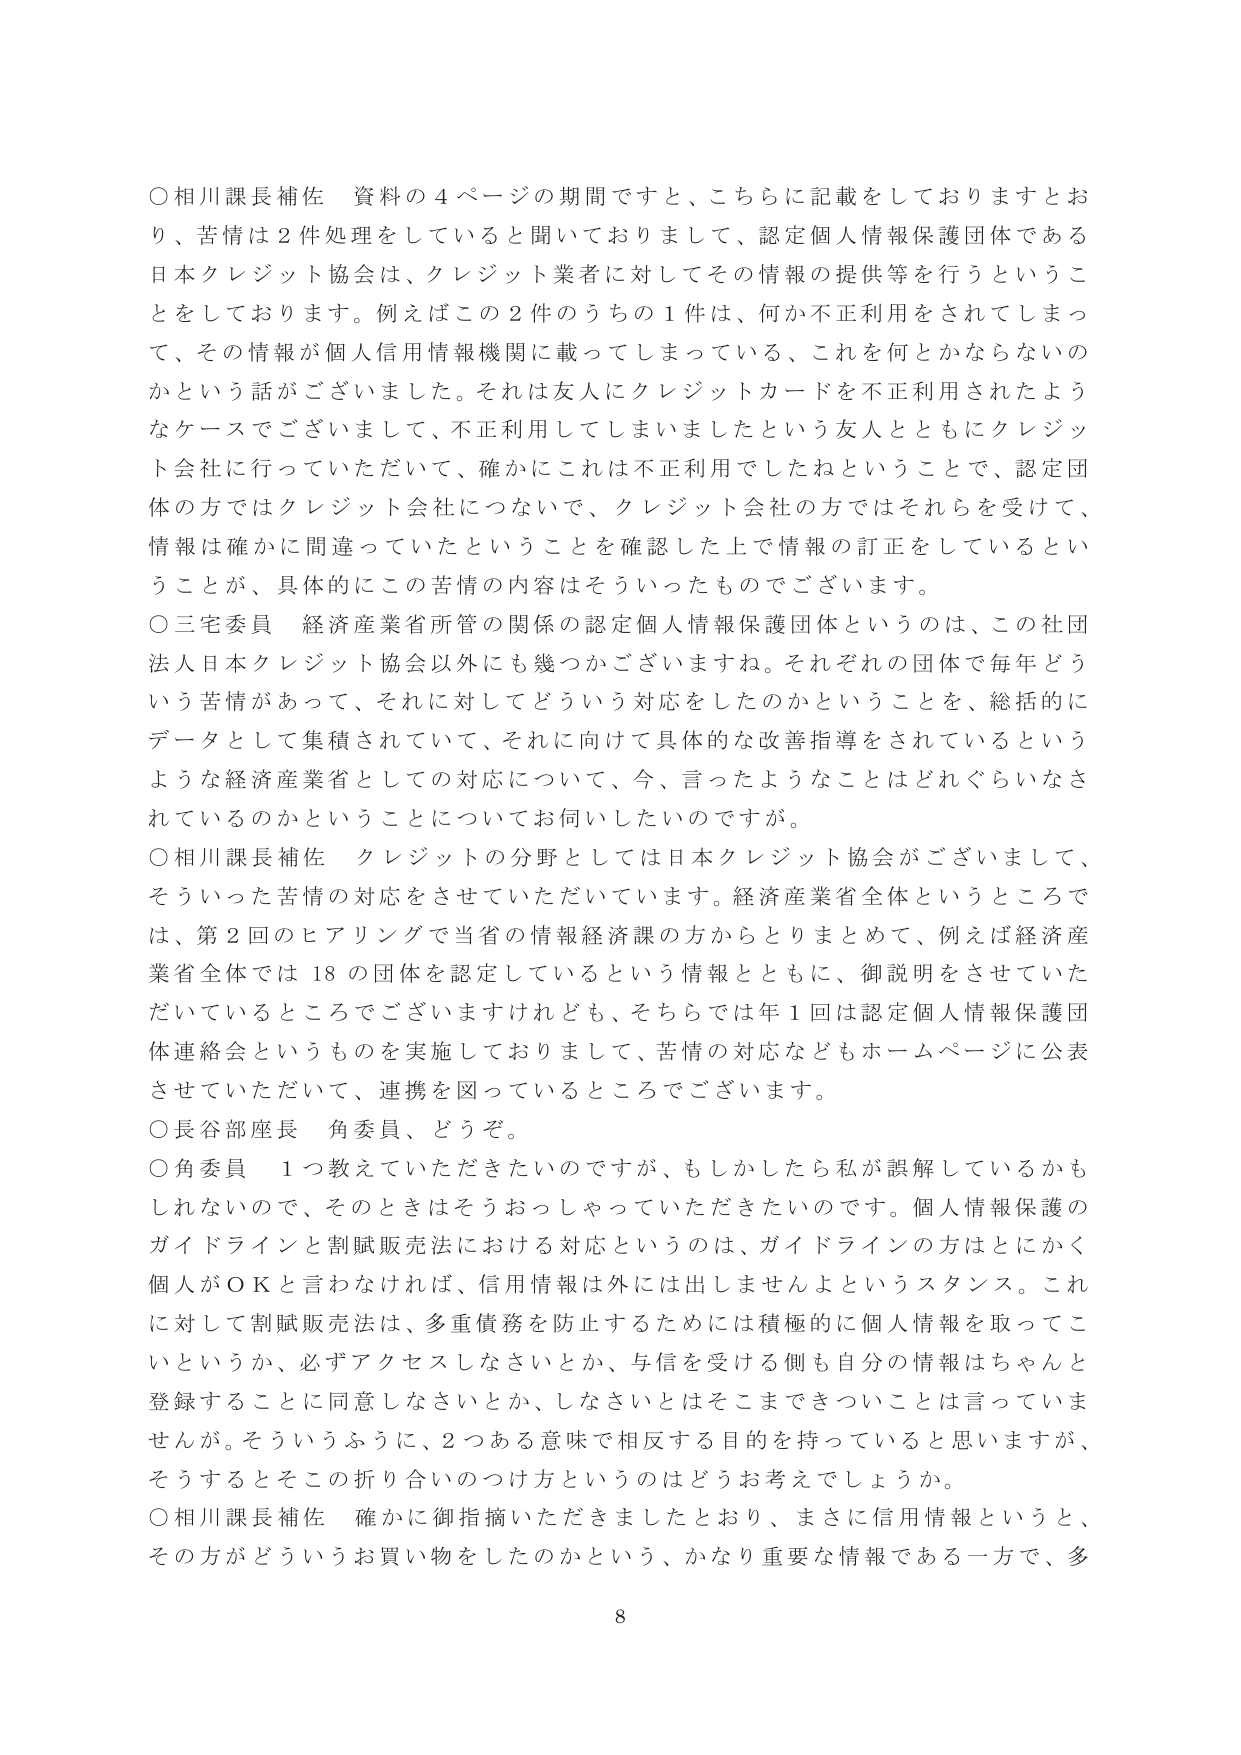
○相川課長補佐 資料の４ページの期間ですと、こちらに記載をしておりますとおり、苦情は２件処理をしていると聞いておりまして、認定個人情報保護団体である日本クレジット協会は、クレジット業者に対してその情報の提供等を行うということをしております。例えばこの２件のうちの１件は、何か不正利用をされてしまって、その情報が個人信用情報機関に載ってしまっている、これを何とかならないのかという話がございました。それは友人にクレジットカードを不正利用されたようなケースでございまして、不正利用してしまいましたという友人とともにクレジット会社に行っていただいて、確かにこれは不正利用でしたねということで、認定団体の方ではクレジット会社につないで、クレジット会社の方ではそれらを受けて、情報は確かに間違っていたということを確認した上で情報の訂正をしているということが、具体的にこの苦情の内容はそういったものでございます。

○三宅委員 経済産業省所管の関係の認定個人情報保護団体というのは、この社団法人日本クレジット協会以外にも幾つかございますね。それぞれの団体で毎年どういう苦情があって、それに対してどういう対応をしたのかということを、総括的にデータとして集積されていて、それに向けて具体的な改善指導をされているというような経済産業省としての対応について、今、言ったようなことはどれぐらいなされているのかということについてお伺いしたいのですが。

○相川課長補佐 クレジットの分野としては日本クレジット協会がございまして、そういった苦情の対応をさせていただいています。経済産業省全体というところでは、第２回のヒアリングで当省の情報経済課の方からとりまとめて、例えば経済産業省全体では18の団体を認定しているという情報とともに、御説明をさせていただいているところでございますけれども、そちらでは年１回は認定個人情報保護団体連絡会というものを実施しておりまして、苦情の対応などもホームページに公表させていただいて、連携を図っているところでございます。

○長谷部座長 角委員、どうぞ。

○角委員 １つ教えていただきたいのですが、もしかしたら私が誤解しているかもしれないのです、そのときはそうおっしゃっていただきたいのです。個人情報保護のガイドラインと割賦販売法における対応というのは、ガイドラインの方はとにかく個人がＯＫと言わなければ、信用情報は外には出しませんよというスタンス。これに対して割賦販売法は、多重債務を防止するためには積極的に個人情報を取ってこいというか、必ずアクセスしなさいとか、与信を受ける側も自分の情報はちゃんと登録することに同意しなさいとか、しなさいとはそこまできついことは言っていませんが。そういうふうに、２つある意味で相反する目的を持っていると思いますが、そうするとその折り合いのつけ方というのはどうお考えでしょうか。

○相川課長補佐 確かに御指摘いただきましたとおり、まさに信用情報というと、その方がどういうお買い物をしたのかという、かなり重要な情報である一方で、多

8